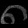
Digit: ၈